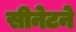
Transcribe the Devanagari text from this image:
सीनेटने